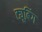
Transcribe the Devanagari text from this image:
ट्यूबिंग